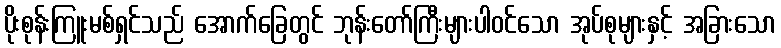
ပိုးစုန်းကြူးမစ်ရှင်သည် အောက်ခြေတွင် ဘုန်းတော်ကြီးများပါဝင်သော အုပ်စုများနှင့် အခြားသော